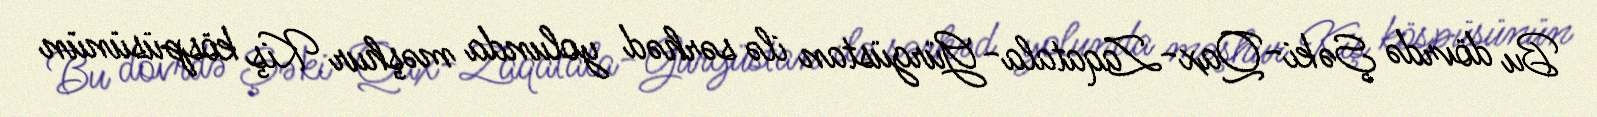
Bu dövrdə Şəki-Qax-Zaqatala-Gürgüstan ilə sərhəd yolunda məşhur Kiş köspüsünün